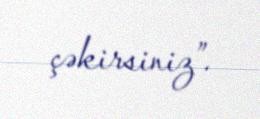
çəkirsiniz”.